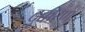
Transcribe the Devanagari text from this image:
दृक्करण